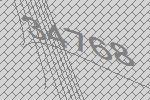
34768